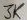
Text: 3K